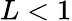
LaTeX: L<1